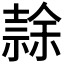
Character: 𭐘